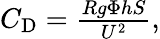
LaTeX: \begin{array}{r}{C_{\mathrm{D}}=\frac{Rg\Phi hS}{U^{2}},}\end{array}